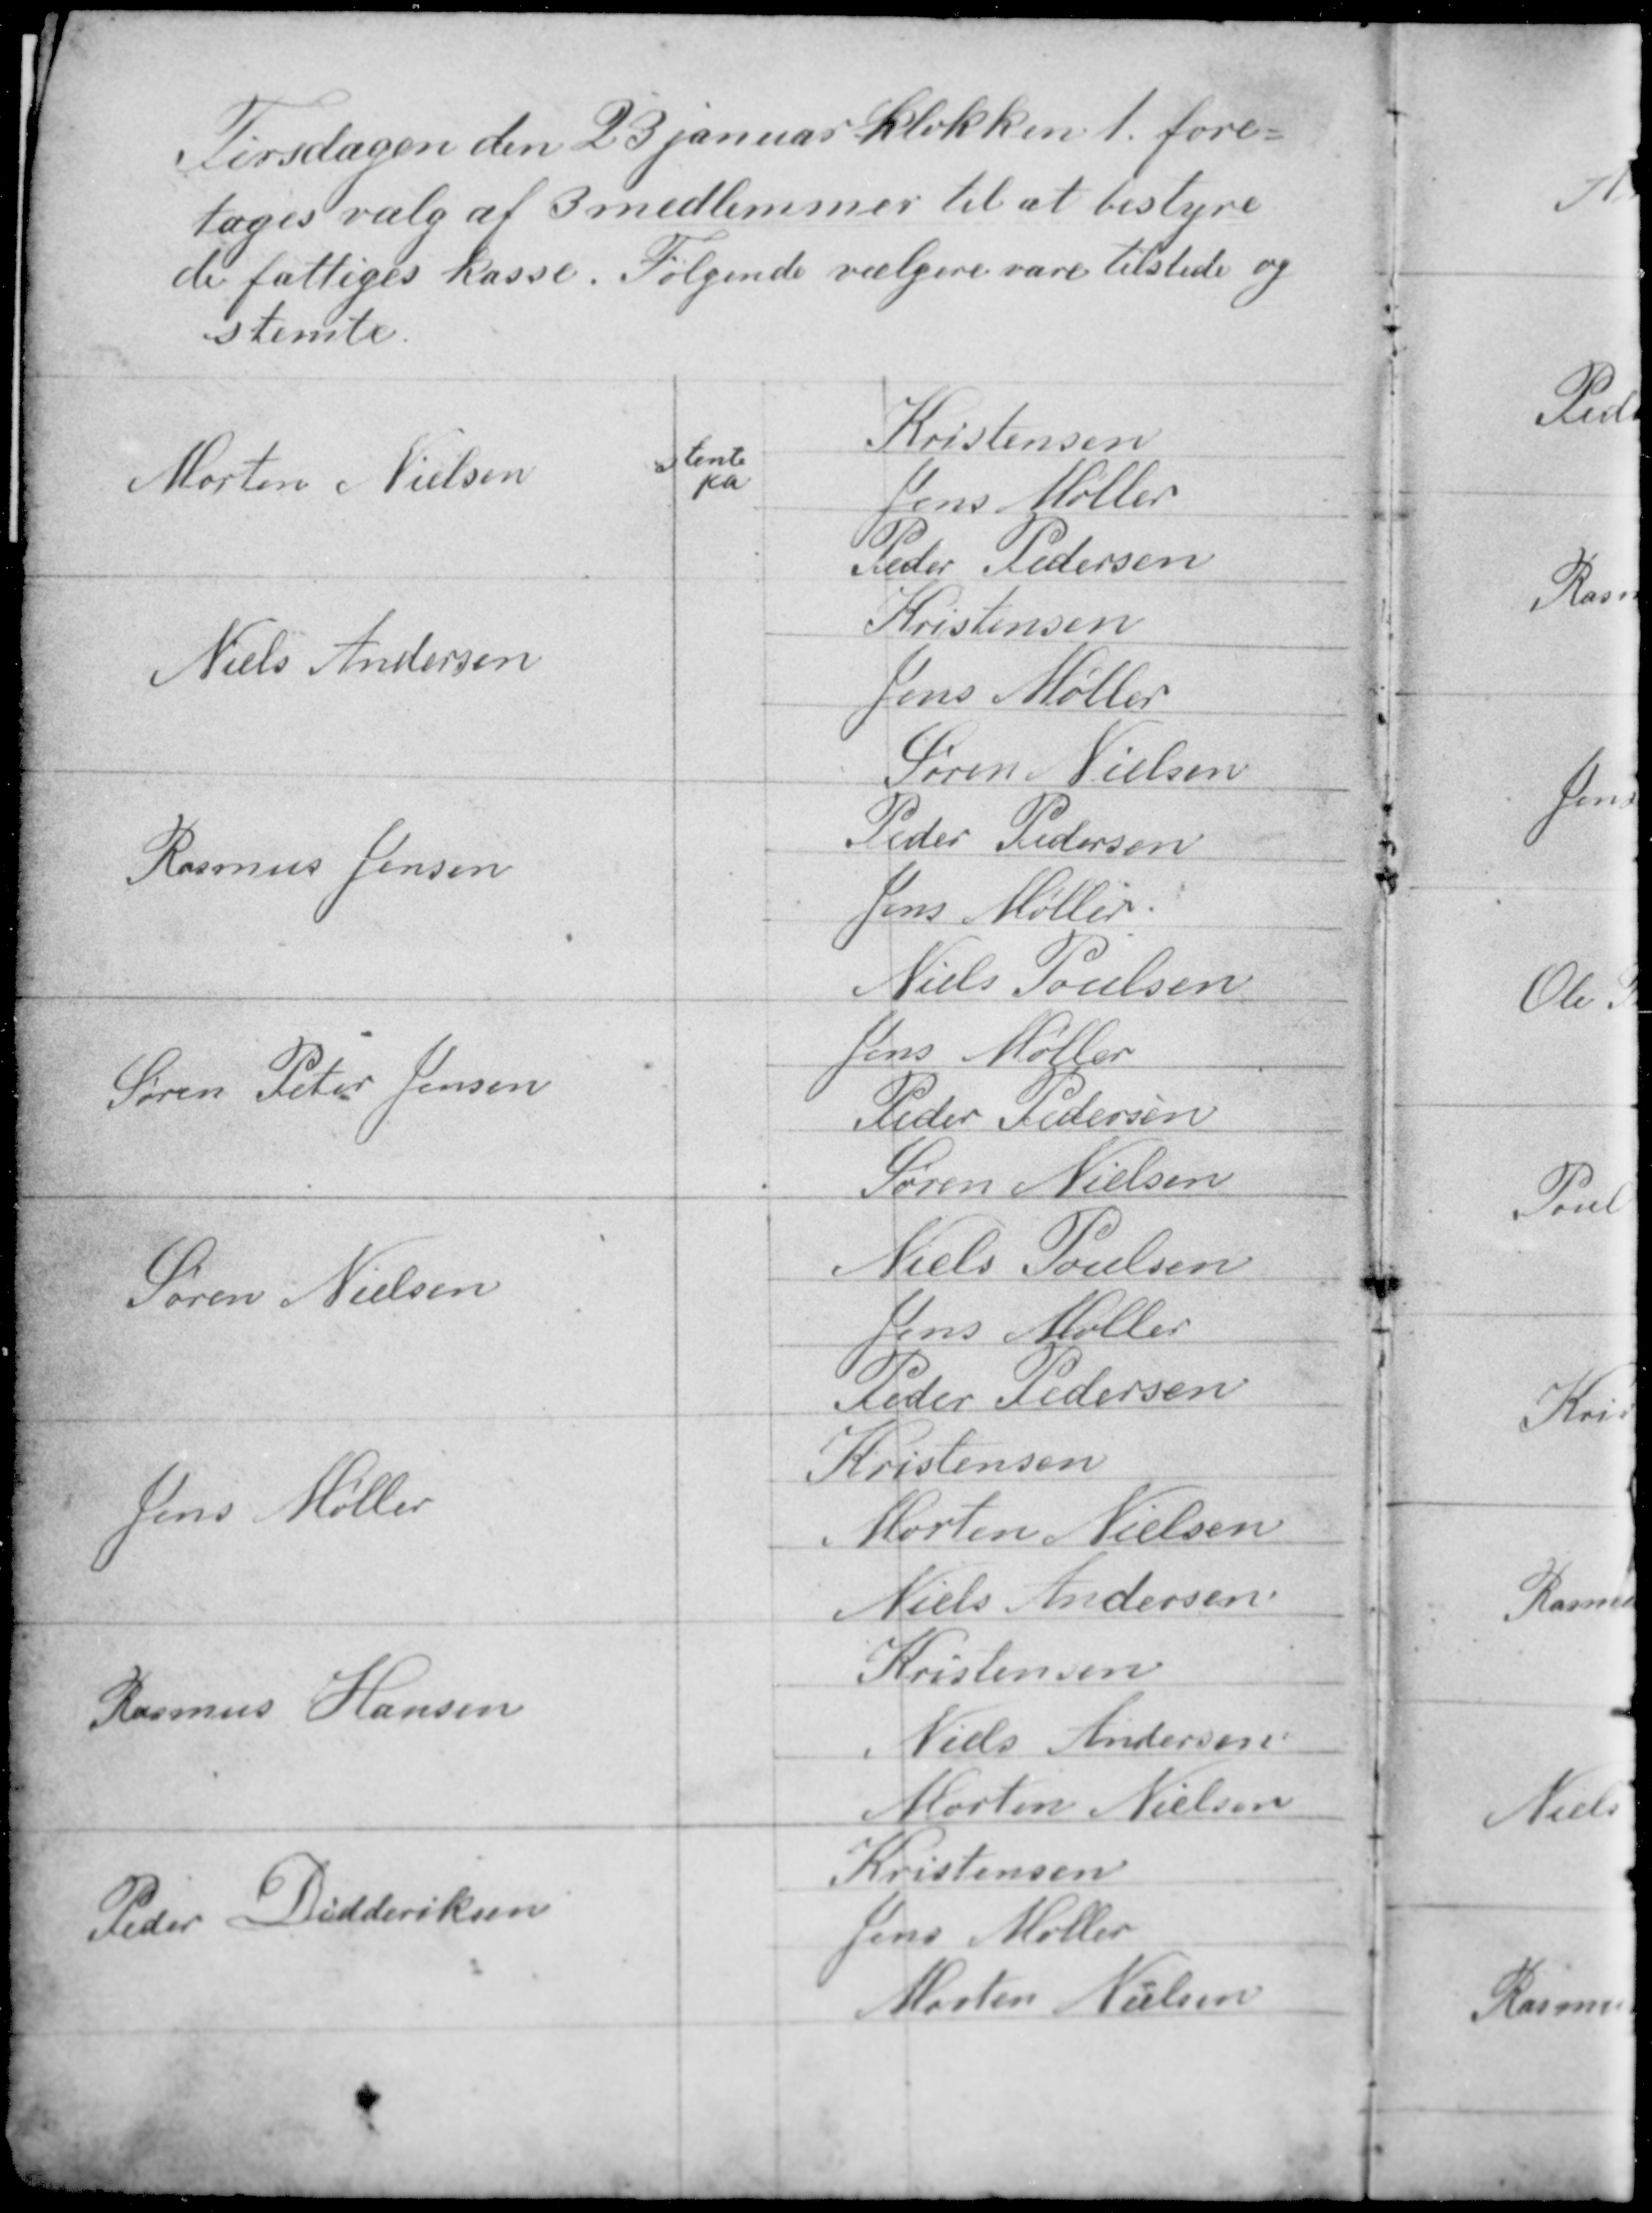
Transskription:
Tirsdagen den 23 januar klokken 1 fore-
tages valg af 3 medlemmer til at bestyre
de fattiges kasse. Følgende vælgere vare tilstede og
stemte